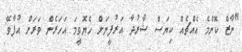
"ނާޒް ކޮންމެ އެއްޗެއް ކިޔަސް ޝާރުދާ އަރުފީނަށް ހެޔޮވީމަ އަހަރެން ވަރަށް އުފާވޭ